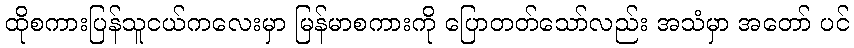
ထိုစကားပြန်သူငယ်ကလေးမှာ မြန်မာစကားကို ပြောတတ်သော်လည်း အသံမှာ အတော် ပင်